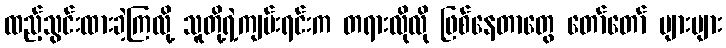
ထည့်သွင်းထားခဲ့ကြလို့ သူတို့ရဲ့ကျမ်းရင်းက တရားလိုလို ဖြစ်နေတာတွေ တော်တော် များများ